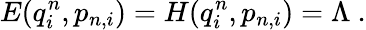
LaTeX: E(q_{i}^{n},p_{n,i})=H(q_{i}^{n},p_{n,i})=\Lambda\ .